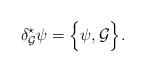
LaTeX: \begin{align*}\delta^\star_{{\cal G}}\psi=\Big\{\psi,{\cal G}\Big\}. \end{align*}